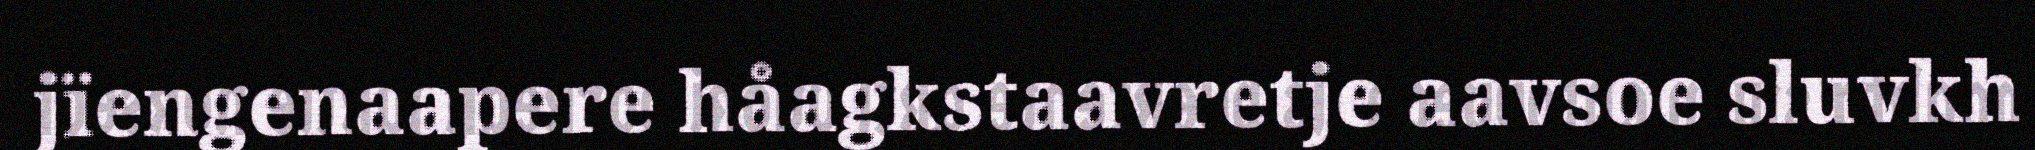
jïengenaapere håagkstaavretje aavsoe sluvkh